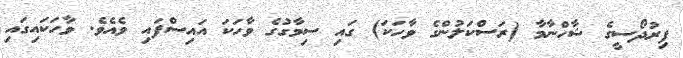
ފިރުދޯސީގެ ޝާހްނާމާ (ރަސްކަލުންގެ ވާހަކަ) ގައި ސިމާގުގެ ވާހަކަ އައިސްފައި ވެއެވެ. ވާހަކައިގައި